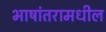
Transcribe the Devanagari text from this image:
भाषांतरामधील